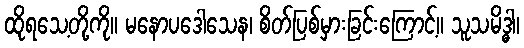
ထိုရသေ့တို့ကို။ မနောပဒေါသေန၊ စိတ်ပြစ်မှားခြင်းကြောင့်။ သူသမိဒ္ဓါ၊